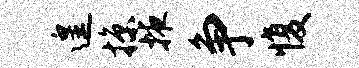
遑掠掖争愎